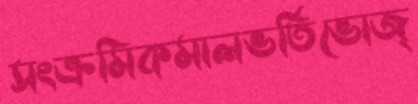
সংক্রমিকমালভর্তিভোজ্